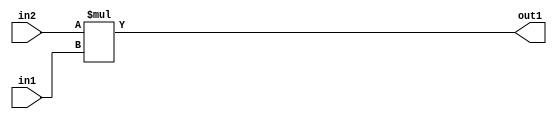
`timescale 1ps / 1ps
/*****************************************************************************
    Verilog RTL Description
    
    
    Created by: Stratus DpOpt 2019.1.01 
*******************************************************************************/

module st_feature_addr_gen_Mul_16Ux8U_16U_4_3 (
	in2,
	in1,
	out1
	); /* architecture "behavioural" */ 
input [15:0] in2;
input [7:0] in1;
output [15:0] out1;
wire [15:0] asc001;

assign asc001 = 
	+(in2 * in1);

assign out1 = asc001;
endmodule

/* CADENCE  ubL1SAA= : u9/ySgnWtBlWxVPRXgAZ4Og= ** DO NOT EDIT THIS LINE ******/